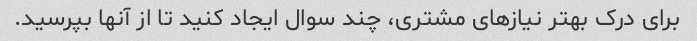
برای درک بهتر نیازهای مشتری، چند سوال ایجاد کنید تا از آنها بپرسید.